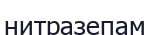
нитразепам